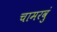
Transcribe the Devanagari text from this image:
चामरवुं